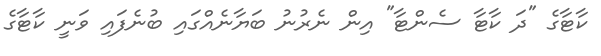
ކާޓާގެ "ދަ ކާޓާ ސެންޓާ" އިން ނެރުނު ބަޔާނެއްގައި ބުނެފައި ވަނީ ކާޓާގެ